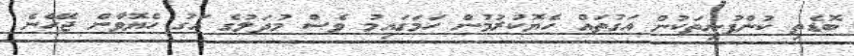
ބޮޑެތި ކުންފުނިތަކުން އަގުތައް ހެޔޮކުރުމުން ހަމަގައިމު ވެސް މުދަލުގެ އަގު ހެޔޮވާން ޖެހޭނެ